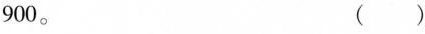
900。 （ ）